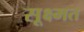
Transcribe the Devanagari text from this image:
सूक्ष्मत